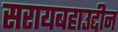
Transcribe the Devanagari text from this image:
सरायबहाउद्दीन